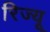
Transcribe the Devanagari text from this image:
रिज्यू